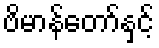
ဗိမာန်တော်နှင့်